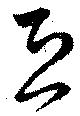
恐